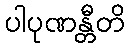
ပါပုဏန္တီတိ